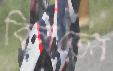
বিলতেন